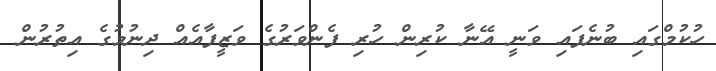
ހުކުމްގައި ބުނެފައި ވަނީ އޭނާ ކުރިން ހުރި ފެންވަރުގެ ވަޒީފާއެއް ދިނުމުގެ އިތުރުން